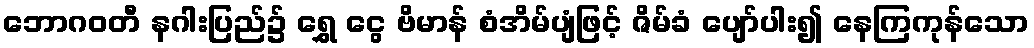
ဘောဂဝတီ နဂါးပြည်၌ ရွှေ ငွေ ဗိမာန် စံအိမ်ပျံဖြင့် ဇိမ်ခံ ပျော်ပါး၍ နေကြကုန်သော